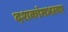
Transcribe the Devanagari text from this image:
दशकांमधल्या